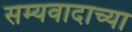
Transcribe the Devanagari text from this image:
सम्यवादाच्या